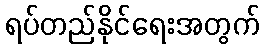
ရပ်တည်နိုင်ရေးအတွက်